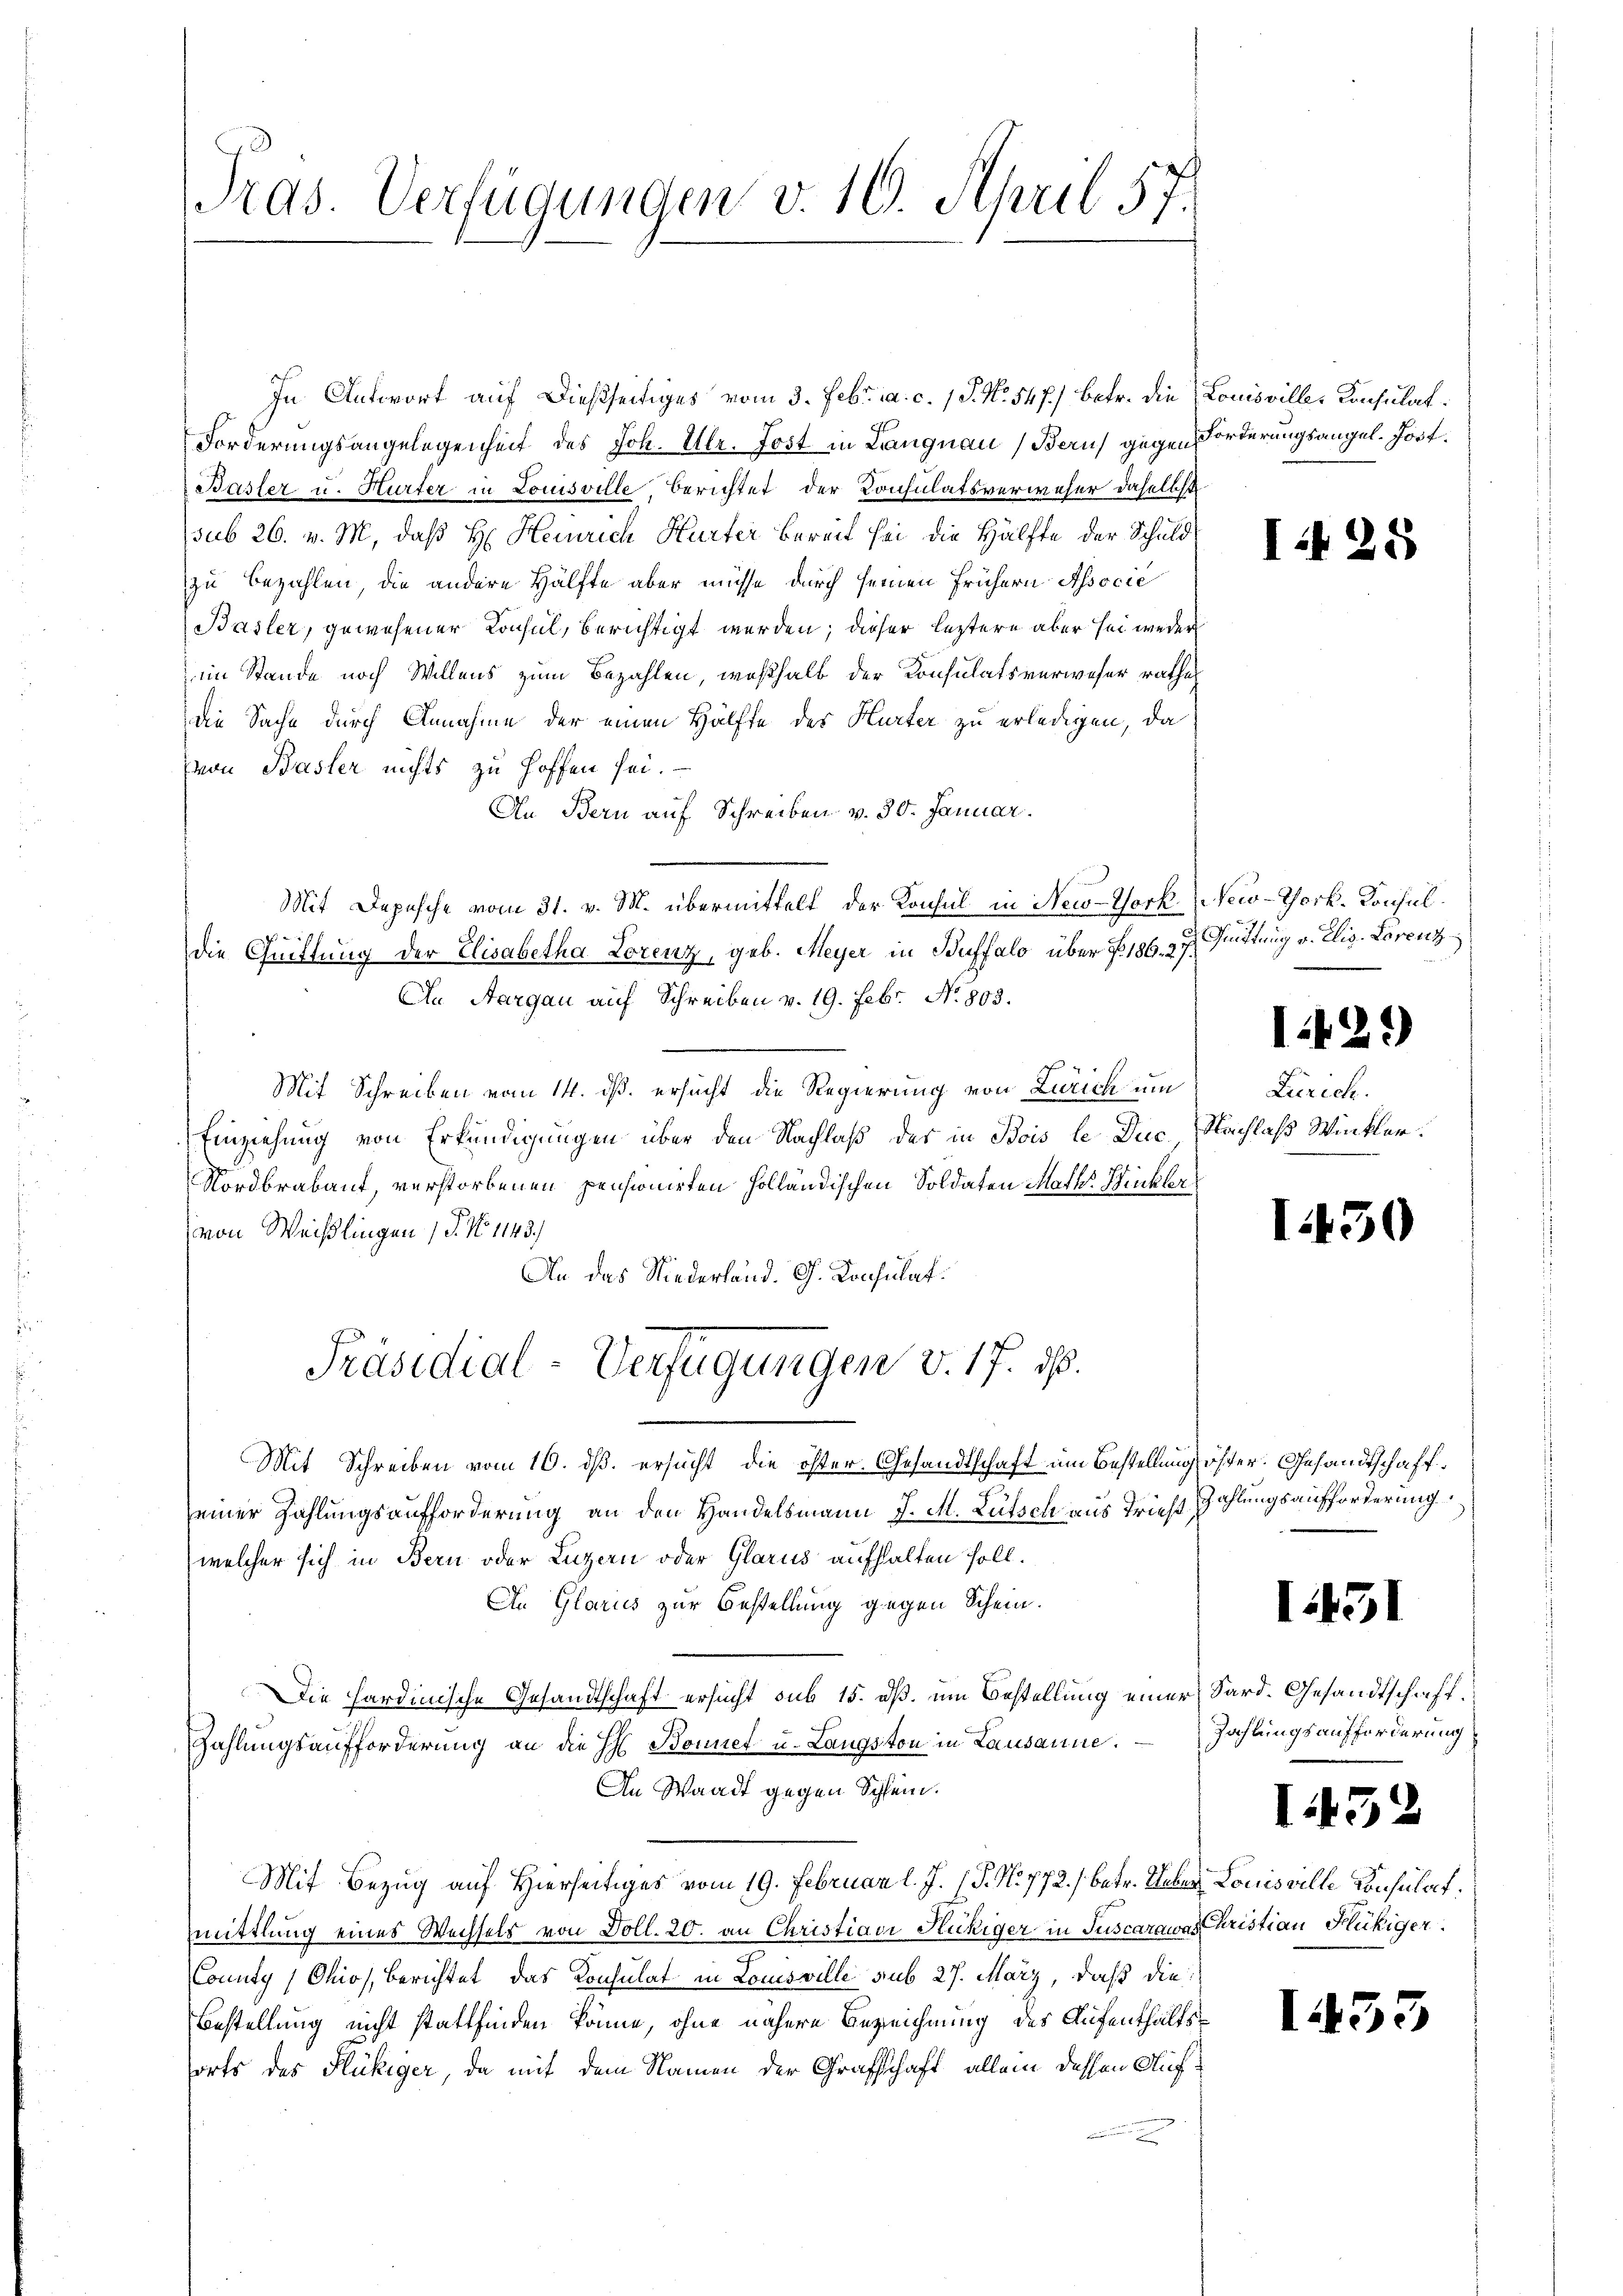
Tras. Verfügungen v. 10. April 57.

In Antwort auf dießseitiges vom 3. Febr. a. c. 1 S. N. 547.) betr. die Louisviller Konsulat
Forderungsangelegenheit des Joh. Ulr. Jost in Langnau (Beruf gegen Forderungsangel. Jost.
Baister u. Hurter in Louisville Berichtet der Konsulatsverweser daselbst
sub 26. v. M. daß H: Heinrich Hurter bereit sei die Hälfte der Schuld
zu bezahlen, die andere Hälfte aber müsse durch seinen frühern Associé
Basler, gewesener Konsul, berichtigt werden; dieser leztere aber sei weder
im Stande noch Willens zum Bezahlen, weßhalb der Konsulatsverweser rathes
die Sache durch Annahme der einen Hälfte des Hurter zu erledigen, da
von Basler nichts zu hoffen sei.
An Bern auf Schreiben v. 30. Januar.
Mit Depesche vom 31. v. M. übermittelt, der Konsul in New-York New-Thork. Konsuldie Quittung der Elisabetha Lorenz, geb. Meyer in Buffalo über 186. 27.
An Aargau auf Schreiben v. 19. Febr. No 803.
Mit Schreiben vom 14. ds. ersucht die Regierung von Zürich um
Einziehung von Erkundigungen über den Nachlaß des in Bois le Dec. Nachlaß Winkler¬
Nordbrabant, verstorbenen pensionirten holländischen Soldaten Mathe Winkler
von Weißlingen (S. No 143.)
An das Niederland. G. Konsulat
Präsidial-Verfügungen v. 17. d.
Mit Schreiben vom 16. ds. ersucht die öster. Gesandtschaft um Bestellung öster. Gesandtschaffeiner Zahlungsaufforderung an den Handelsmann J. M. Lütsch aus Tries Zahlungsaufforderung
(welcher sich in Bern oder Luzern oder Glarus aufhalten soll.
An Glarus zur Bestellung gegen Schein.
Die hardinische Gesandtschaft ersucht sub 15. dß. um Bestellung einer Sard. Gesandtschaff¬
Zahlungsaufforderung an die H. Bonnet u. Langston in Lausanne.
An Waadt gegen Schlein.
Mit Bezug auf Hierseitiges vom 19. Februar l. J. 17. No 772.) betr. Ueber Louisville Konsulat
mittlung eines Wechsels von Doll. 20. an Christiavi Fickiger in Juscarawas Christian Flückiger.
County Ohio, Berichtet, das Konsulat in Louisville sub 27. März, daß die
Bestellung nicht stattfinden könne, ohne nähere Bezeichnung des Aufenthaltsforts des Flückiger, da mit dem Namen der Grafschaft allein dessen Aufi

xx

I 25

Grüttung v. Elis. Lorenz

1429)

Zürich.

I.450

I431

Zahlungsaufforderung

1432

1453